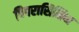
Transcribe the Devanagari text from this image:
पिपरासिलिन